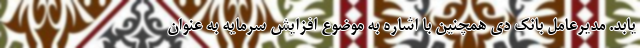
یابد. مدیرعامل بانک دی همچنین با اشاره به موضوع افزایش سرمایه به عنوان